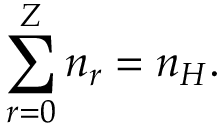
\sum _ { r = 0 } ^ { Z } n _ { r } = n _ { H } .